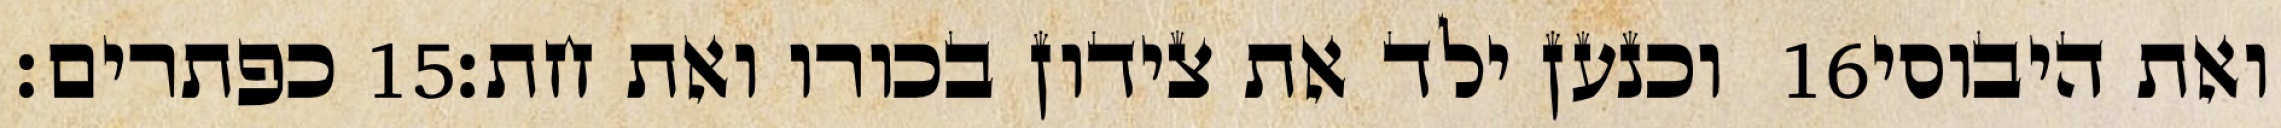
כפתרים׃ ‎15‏ וכנען ילד את צידון בכורו ואת חת׃ ‎16‏ ואת היבוסי